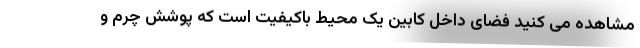
مشاهده می کنید فضای داخل کابین یک محیط باکیفیت است که پوشش چرم و